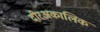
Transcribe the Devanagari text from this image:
दीरअकालिक